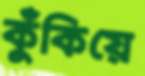
কুঁকিয়ে